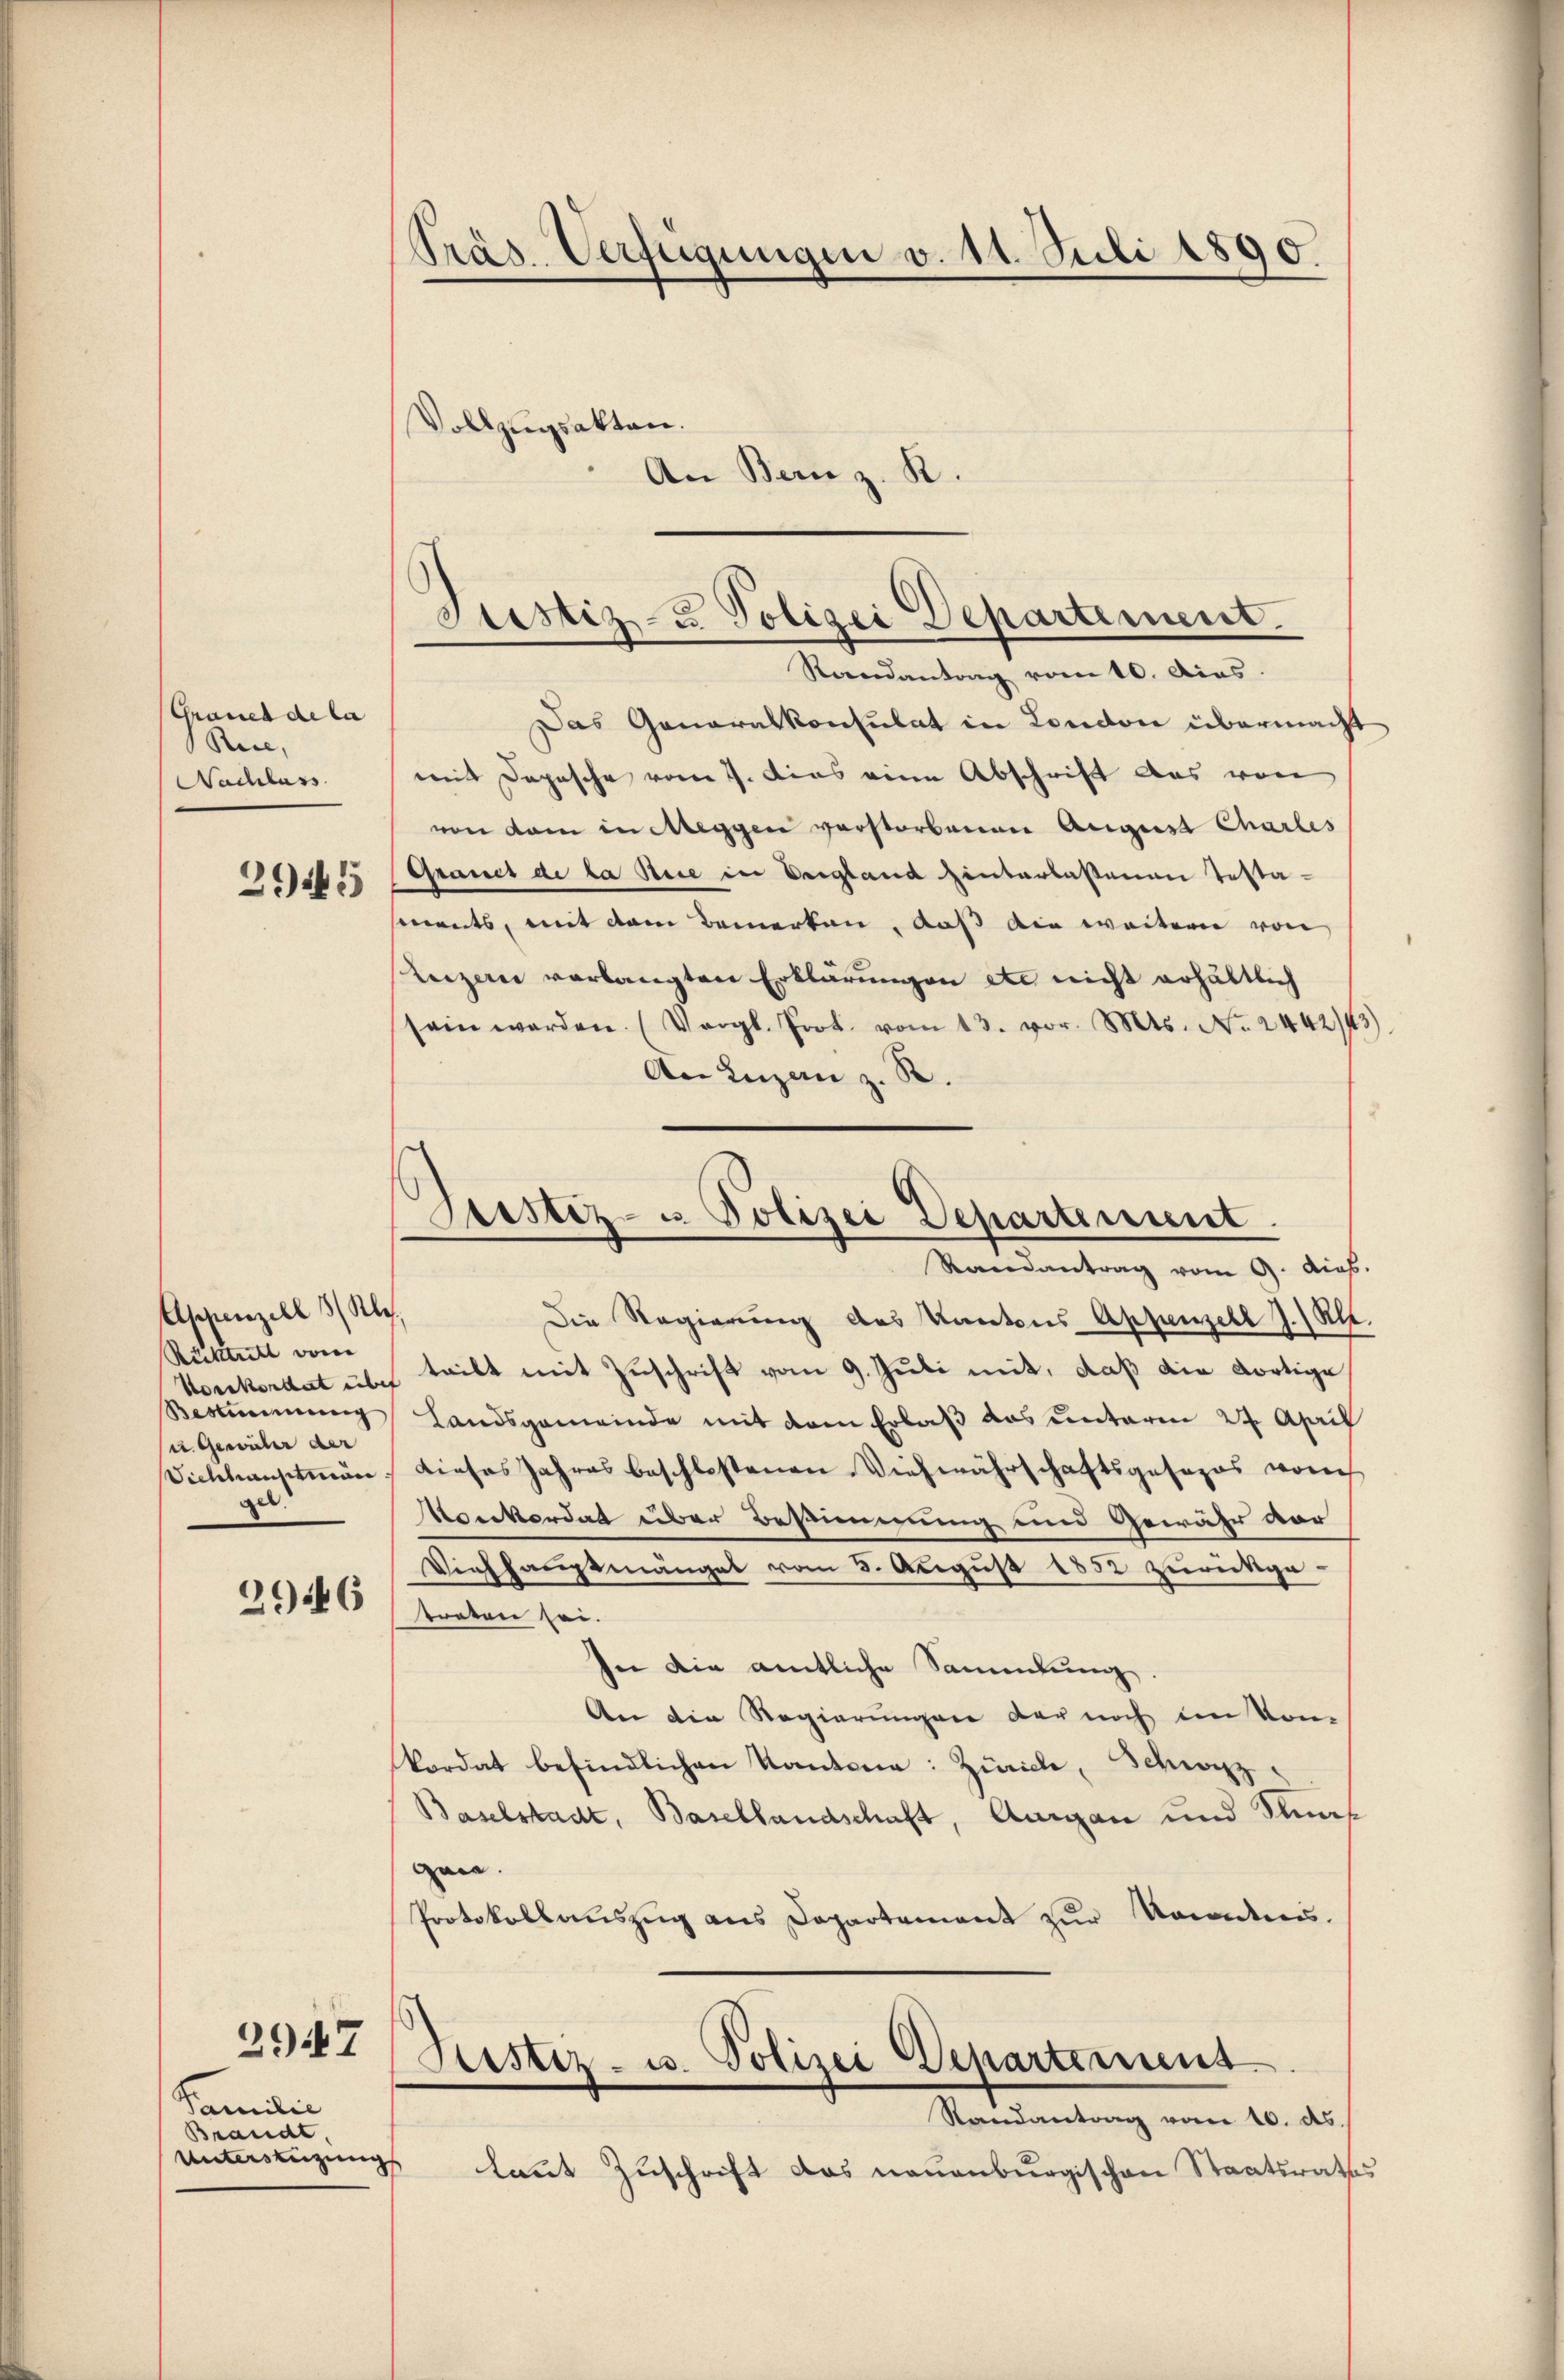
Gräuel de la
Reie,
Nachlass

2945

Appenzell 3/Kle.
Rücktritt von
Bestimmung
u. Gewicher der
Viehhaustrin
gel.

2946

2947

Familie
Brandt
Unterstüzung

Präs. Verfügungen v. 11. Juli 1890.
Vollzugsakten.
An Bern z. R.

Justiz- & Polizei Departement.
Randantrag vom 10. dies.

Bestiz- u Polizei Departement.
Randantrag vom 9. dies

Das Generalkonsulat in London übermacht
mit Depesche vom 7. dies eine Abschrift aus von
von dem in Meggen verstorbenen August Charles
Grances de la Sie in Vergland hinterlassenen Testa-
ments, mit dem Bemerken, daß die weitern von
Lezen verlangten Erklärungen etc nicht erhältlich
sein werden. (Vergl. Prot. vom 13. vor. Mts. No. 244243).
An Luzern z. B.
Die Regierung des Kantons Appenzell J.) Al.
Konkordat über teilt mit Zuschrift vom 9. Juli mit, daß die dortige
Landsgemeinde mit dem Erlaß das unterm 24. April
dieses Jahres beschlossenen Viehwährschaftsgesezes vom
Monkordat über Bestimmung und Gewähr vor
Viehhauptmängel vom 5. August 1852 zurückge-
traten sei.
see die amtliche Sammlung
An die Regierungen der noch im vom
kordat befindlichen Kantone: Zürich, Schwyz
Baselstadt, Basellandschaft, Aargau und Sanigan.
Protokollauszug aus Departement zur Kennteres.
Hestiz- u. Polizei Departement
Randantrag vom 10. ds.
¬
laut Zuschrift das neuenburgischen Staatsrathes